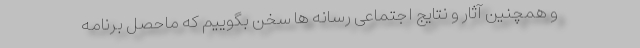
و همچنین آثار و نتایج اجتماعی رسانه ها سخن بگوییم که ماحصل برنامه